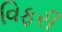
વિફરી